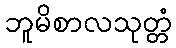
ဘူမိစာလသုတ္တံ